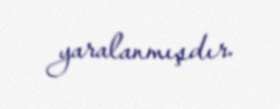
yaralanmışdır.